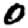
Digit: 0